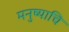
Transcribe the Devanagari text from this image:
मनुष्याचि